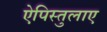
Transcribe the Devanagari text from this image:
ऐपिस्तुलाए